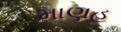
માણહ